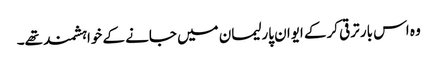
وہ اس بار ترقی کرکے ایوان پارلیمان میں جانے کے خواہشمند تھے۔